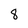
Character: 8